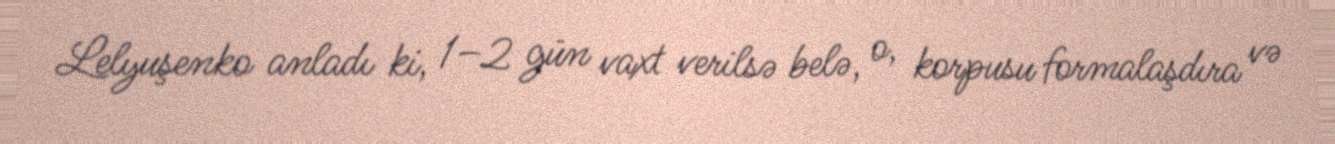
Lelyuşenko anladı ki, 1–2 gün vaxt verilsə belə, o, korpusu formalaşdıra və